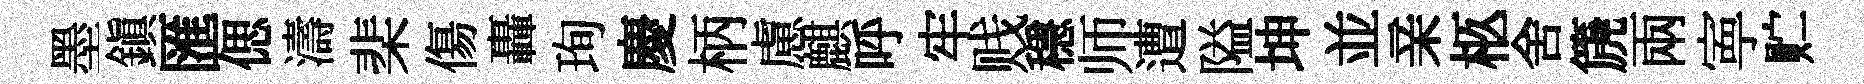
墨鎭匯偲濤棐傷轟珣慶柄慮麒呼牢贱穩师遭隘坤並亲柩舍篪兩寕贮